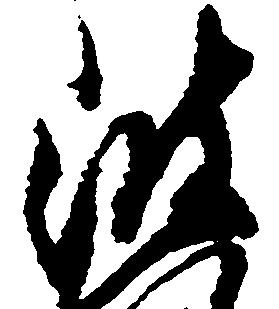
波